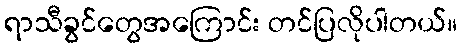
ရာသီခွင်တွေအကြောင်း တင်ပြလိုပါတယ်။